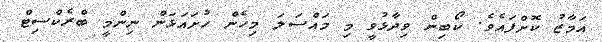
އަމާޒު ކޮށްފައެވެ. ކޯބިން ވިދާޅުވީ މި މައްސަލަ މިހެން ހުށައަޅަން ނިންމީ ބްރެކްސިޓް